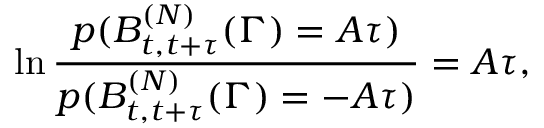
\ln \frac { p ( B _ { t , t + \tau } ^ { ( N ) } ( \Gamma ) = A \tau ) } { p ( B _ { t , t + \tau } ^ { ( N ) } ( \Gamma ) = - A \tau ) } = A \tau ,